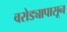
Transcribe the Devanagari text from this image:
वरोड्यापासून